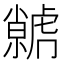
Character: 𮓭